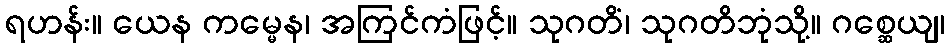
ရဟန်း။ ယေန ကမ္မေန၊ အကြင်ကံဖြင့်။ သုဂတိံ၊ သုဂတိဘုံသို့။ ဂစ္ဆေယျ၊